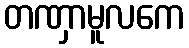
တဏှာမူလကေ